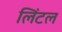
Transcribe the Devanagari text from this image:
लिंटल